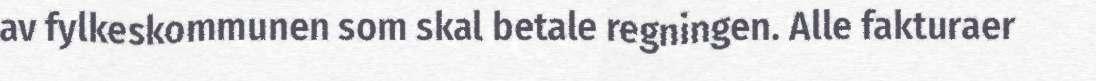
av fylkeskommunen som skal betale regningen. Alle fakturaer